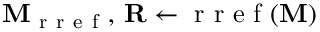
\mathbf { M } _ { \mathrm { ~ r ~ r ~ e ~ f ~ } } , \, \mathbf { R } \gets \mathrm { ~ r ~ r ~ e ~ f ~ } ( \mathbf { M } )